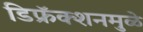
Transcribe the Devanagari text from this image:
डिफ्रॅक्शनमुळे